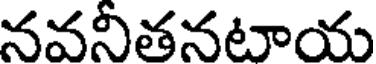
నవనీతనటాయ